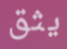
يثق